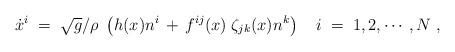
LaTeX: \begin{align*}\dot x^i\;=\;\sqrt{g}/ \rho\;\left( h(x)n^i\,+\,f^{ij}(x)\;\zeta_{jk} (x) n^k\right)\quad i\;=\; 1,2,\cdots, N \ ,\end{align*}